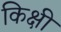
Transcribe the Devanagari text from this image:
किक्षी